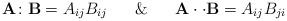
LaTeX: \begin{align*}\mathbf{A}\colon\mathbf{B}=A_{ij}B_{ij}\,\,\,\,\,\,\,\,\,\,\&\,\,\,\,\,\,\,\,\,\,\mathbf{A}\cdot\cdot\mathbf{B}=A_{ij}B_{ji}\end{align*}